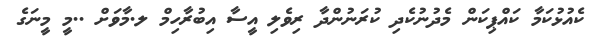
ކެއުޅުކަމާ ކައްޕިކަން މެދުނުކެދި ކުރަނުންދާ ރިވެލި އީސާ އިބުރާހިމް ލ.މާވަށް ..މީ މީނަގެ